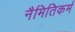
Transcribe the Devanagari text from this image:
नैमितिकर्म